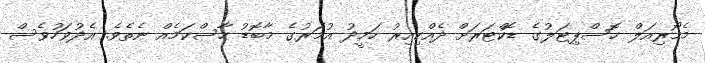
މެމޯރިއަލް ހޮސްޕިޓަލުގެ ޑޮކްޓަރަށް ދެއްކިއިރު ހަމީދު އުމަރުގެ މާބޮޑު ހާސްކަމެއް ނެތެވެ. އެދުވަހުވެސް